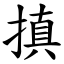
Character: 搷